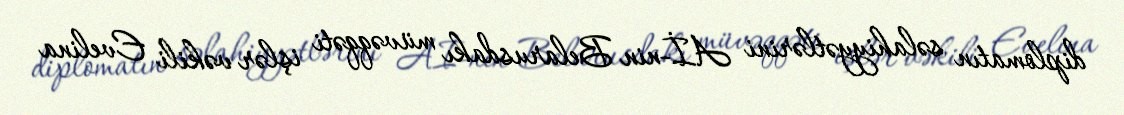
diplomatın səlahiyyətlərini Aİ-nin Belarusdakı müvəqqəti işlər vəkili Evelina